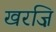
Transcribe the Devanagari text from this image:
खरज़ि